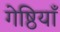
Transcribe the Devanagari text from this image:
गेष्ठियाँ